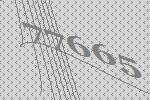
77665